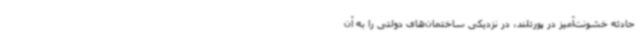
حادثه خشونت‌آمیز در پورتلند، در نزدیکی ساختمان‌های دولتی را به آن